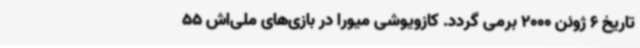
تاریخ 6 ژوئن 2000 برمی گردد. کازویوشی میورا در بازی‌های ملی‌اش 55